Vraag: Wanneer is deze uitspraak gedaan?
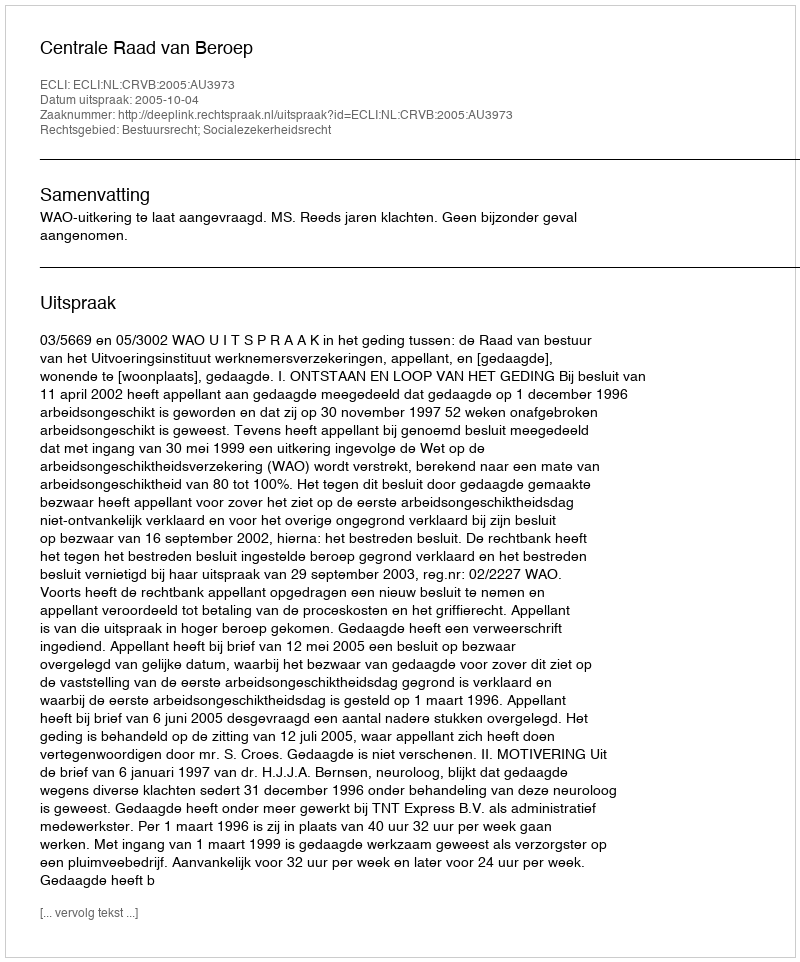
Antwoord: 2005-10-04